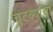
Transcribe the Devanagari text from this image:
चुटक्यांचा